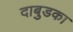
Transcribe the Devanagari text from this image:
दाबुडका